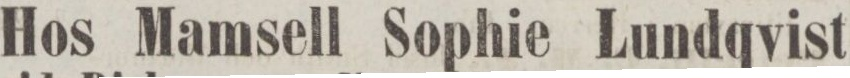
Hos Mamsell Sophie Lundqvist